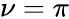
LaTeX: \nu=\pi